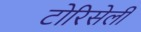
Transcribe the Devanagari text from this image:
टोरिसेली